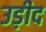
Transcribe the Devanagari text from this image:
उड़ीद